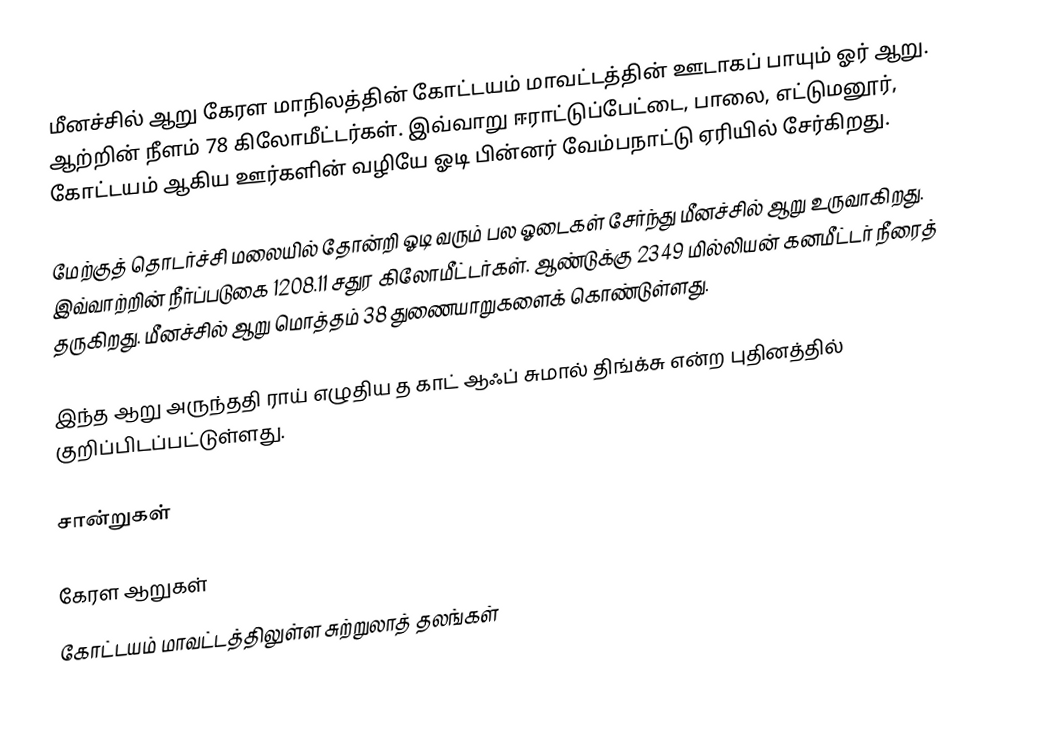
மீனச்சில் ஆறு கேரள மாநிலத்தின் கோட்டயம் மாவட்டத்தின் ஊடாகப் பாயும் ஓர் ஆறு. ஆற்றின் நீளம் 78 கிலோமீட்டர்கள். இவ்வாறு ஈராட்டுப்பேட்டை, பாலை, எட்டுமனூர், கோட்டயம் ஆகிய ஊர்களின் வழியே ஓடி பின்னர் வேம்பநாட்டு ஏரியில் சேர்கிறது.

மேற்குத் தொடர்ச்சி மலையில் தோன்றி ஓடி வரும் பல ஓடைகள் சேர்ந்து மீனச்சில் ஆறு உருவாகிறது. இவ்வாற்றின் நீர்ப்படுகை 1208.11 சதுர கிலோமீட்டர்கள். ஆண்டுக்கு 2349 மில்லியன் கனமீட்டர் நீரைத் தருகிறது. மீனச்சில் ஆறு மொத்தம் 38 துணையாறுகளைக் கொண்டுள்ளது.

இந்த ஆறு அருந்ததி ராய் எழுதிய த காட் ஆஃப் சுமால் திங்க்சு என்ற புதினத்தில் குறிப்பிடப்பட்டுள்ளது.

சான்றுகள்

கேரள ஆறுகள்
கோட்டயம் மாவட்டத்திலுள்ள சுற்றுலாத் தலங்கள்